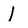
Character: I